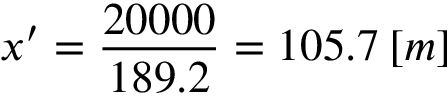
x ^ { \prime } = \frac { 2 0 0 0 0 } { 1 8 9 . 2 } = 1 0 5 . 7 \: [ m ]